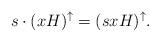
LaTeX: \begin{align*} s\cdot (xH)^{\uparrow}=(sxH)^{\uparrow}.\end{align*}